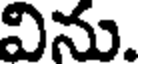
విను.